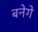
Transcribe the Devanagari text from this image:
बनेगे